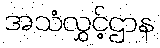
အသံလွှင့်ဌာန